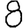
Digit: 8